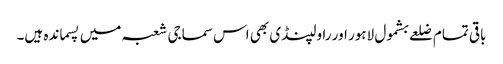
باقی تمام ضلعے بشمول لاہور اور راولپنڈی بھی اس سماجی شعبہ میں پسماندہ ہیں۔